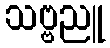
သဗ္ဗညူ